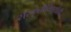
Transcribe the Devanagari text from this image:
संस्कृतीविषयीही